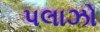
પલાઝો